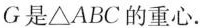
G是△ABC的重心。